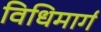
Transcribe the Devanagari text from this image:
विधिमार्ग